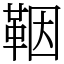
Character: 鞇